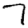
Digit: 7